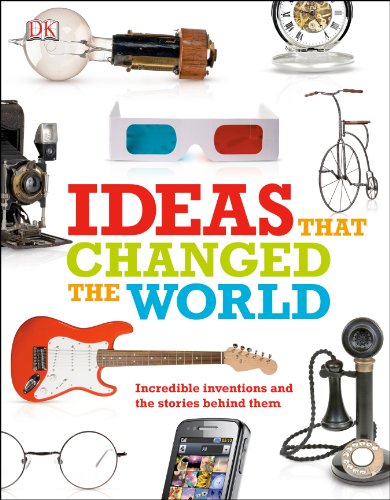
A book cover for Ideas That Changed the World; DK Publishing; Children's Books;